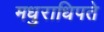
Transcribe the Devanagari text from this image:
मधुराधिपते